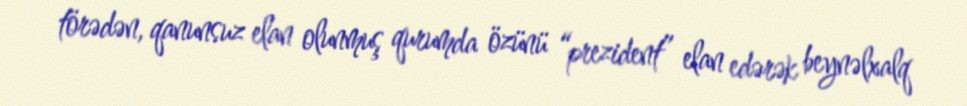
törədən, qanunsuz elan olunmuş qurumda özünü “prezident” elan edərək beynəlxalq